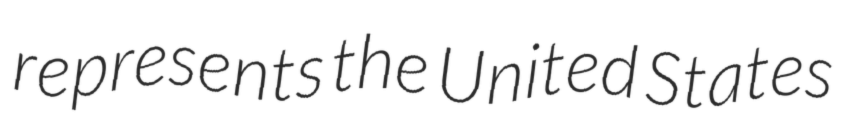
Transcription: represents the United States